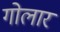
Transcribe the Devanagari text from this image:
गोलार